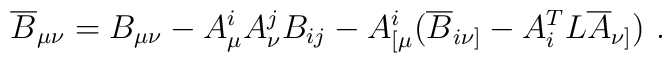
\overline{B}_{\mu\nu}=B_{\mu\nu}-A_\mu^iA_\nu^jB_{ij}-A_{[\mu}^i(\overline{B}_{i\nu]}-A_i^TL\overline{A}_{\nu]})\ .